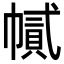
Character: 𢄽